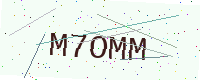
Text: M7OMM